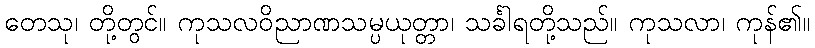
တေသု၊ တို့တွင်။ ကုသလဝိညာဏသမ္ပယုတ္တာ၊ သင်္ခါရတို့သည်။ ကုသလာ၊ ကုန်၏။